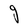
Character: g